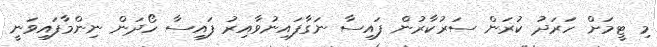
މި ޓީމަށް ހަރަދު ކުރަން ސަރުކާރުން ފައިސާ ނަގާފައިނުވާއިރު ފައިސާ ހޯދަން ނިންމާފައިވަނީ